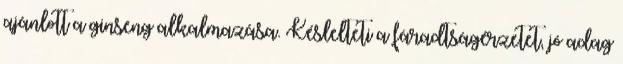
ajánlott a ginseng alkalmazása. Késlelteti a fáradtságérzetet, jó adag